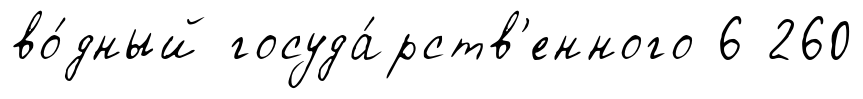
во́дный госуда́рств'енного 6 260